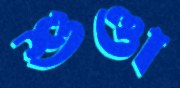
শুণ্ডা